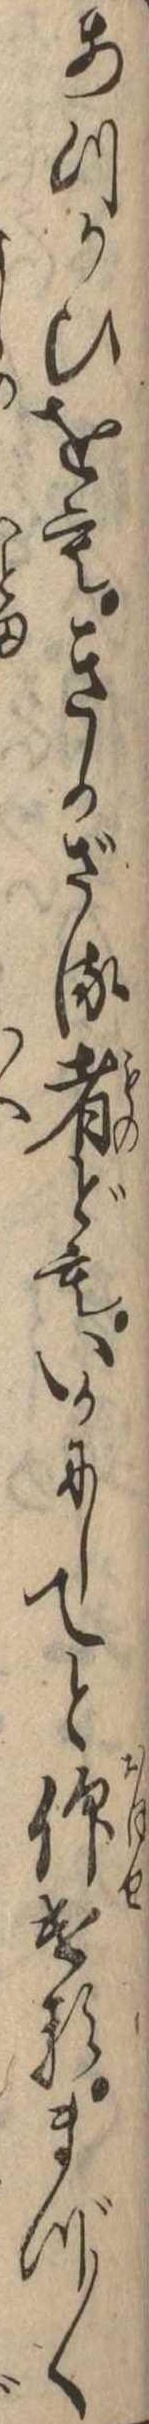
あつかひをもきかざる者どもいかにしてと仰けるまづ〱